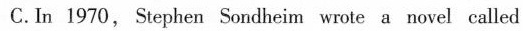
C.In 1970, Stephen Sondheim wrote a novel called